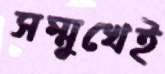
সম্মুখেই